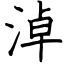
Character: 淖